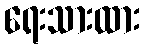
ရေးသားထား